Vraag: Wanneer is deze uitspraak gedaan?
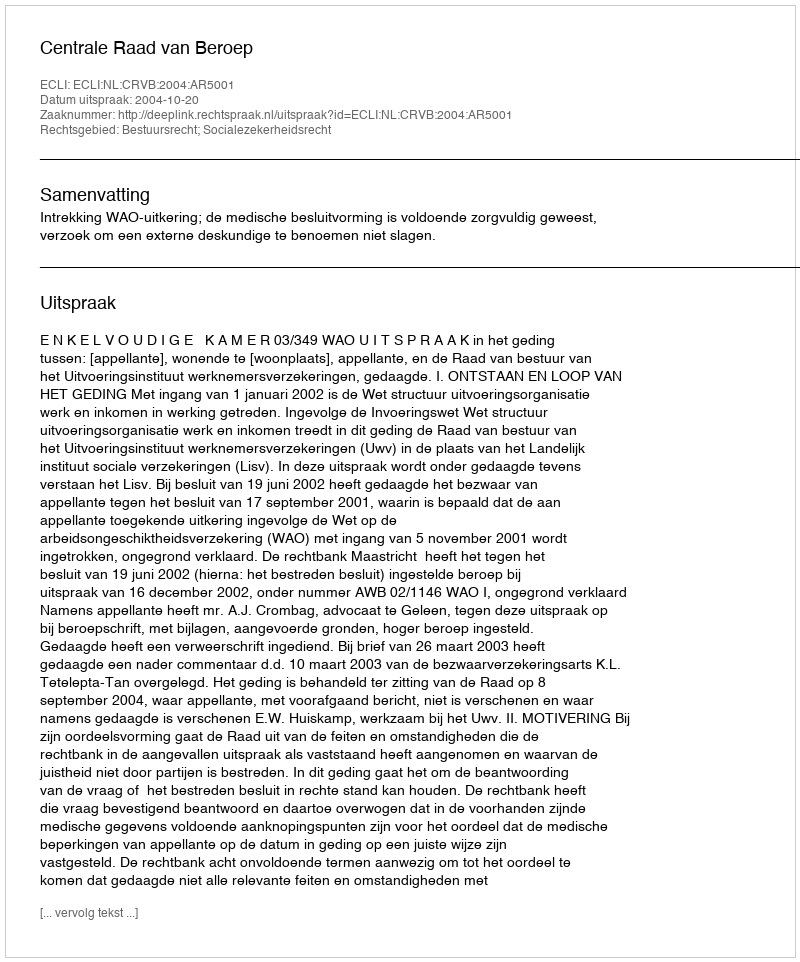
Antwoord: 2004-10-20